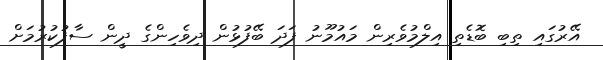
އޭރުގައި ތިބި ބޮޑެތި އިލްމުވެރިން މައުމޫނު ފަދަ ބޭފުޅުން ދިވެހިންގެ ދީން ސާފުކުރުމަށް